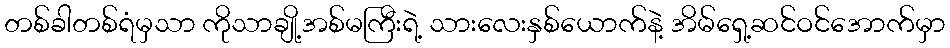
တစ်ခါတစ်ရံမှသာ ကိုသာချို့အစ်မကြီးရဲ့ သားလေးနှစ်ယောက်နဲ့ အိမ်ရှေ့ဆင်ဝင်အောက်မှာ